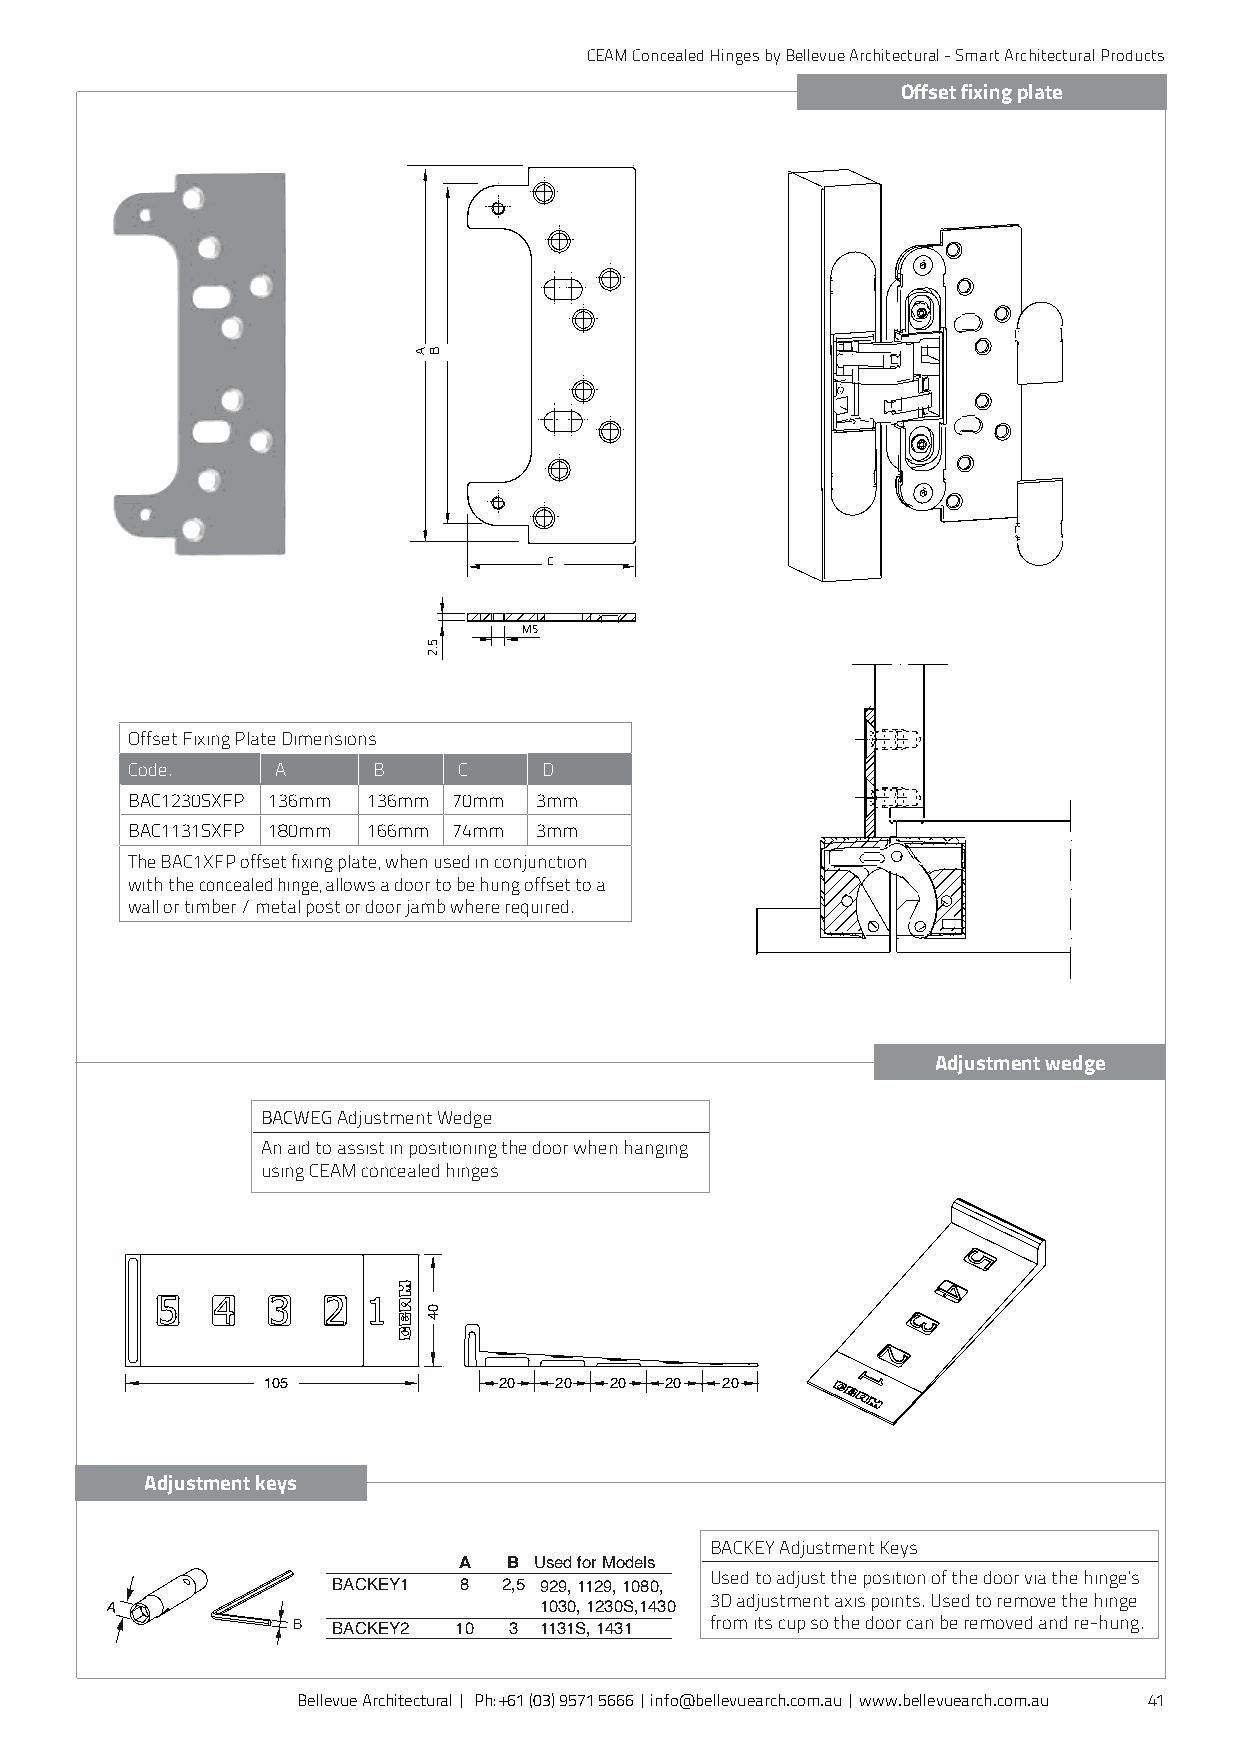
CEAM Concealed Hinges by Bellevue Architectural - Smart Architectural Products
 Offset fixing plate
 C
 M5
 Offset Fixing Plate Dimensions
 148   134
 Code.     A      B    C     D
 BAC1230SXFP 136mm 136mm 70mm 3mm
 BAC1131SXFP 180mm 166mm 74mm 3mm
 The BAC1XFP offset fixing plate, when used in conjunction
 with the concealed hinge, allows a door to be hung offset to a
 wall or timber / metal post or door jamb where required.
 C
 66
 Adjustment wedge
 M5
 BACWEG Adjustment Wedge
 An aid to assist in positioning the door when hanging
 using CEAM concealed hinges
 105       20 20 20 20 20
 105             20  20 20  20  20
 105           20  20 20  20 20
 Adjustment keys
 BACKEY Adjustment Keys
 A   B Used for Models
 Used to adjust the position of the door via the hinge’s
 BACKEY1 8  2,5 929, 1129, 1080,
 3D adjustment axis points. Used to remove the hinge
 A                            1030, 1230S,1430
 from its cup so the door can be removed and re-hung.
 B  BACKEY2 10  3 1131S, 1431
 Bellevue Architectural | Ph: +61 (03) 9571 5666 | info@bellevuearch.com.au | www.bellevuearch.com.au 41
 A
 5.2
 B
 04
 A B
 5.2
 04
 04